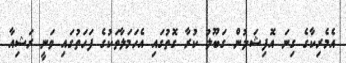
އެމެރިކާގެ ގިނަ އޮފިޝަލުން ގަބޫލު ކުރާ ގޮތުގައި އެހަމަލާތަކުގެ ފަހަތުގައި ވަނީ ރަޝިއާ